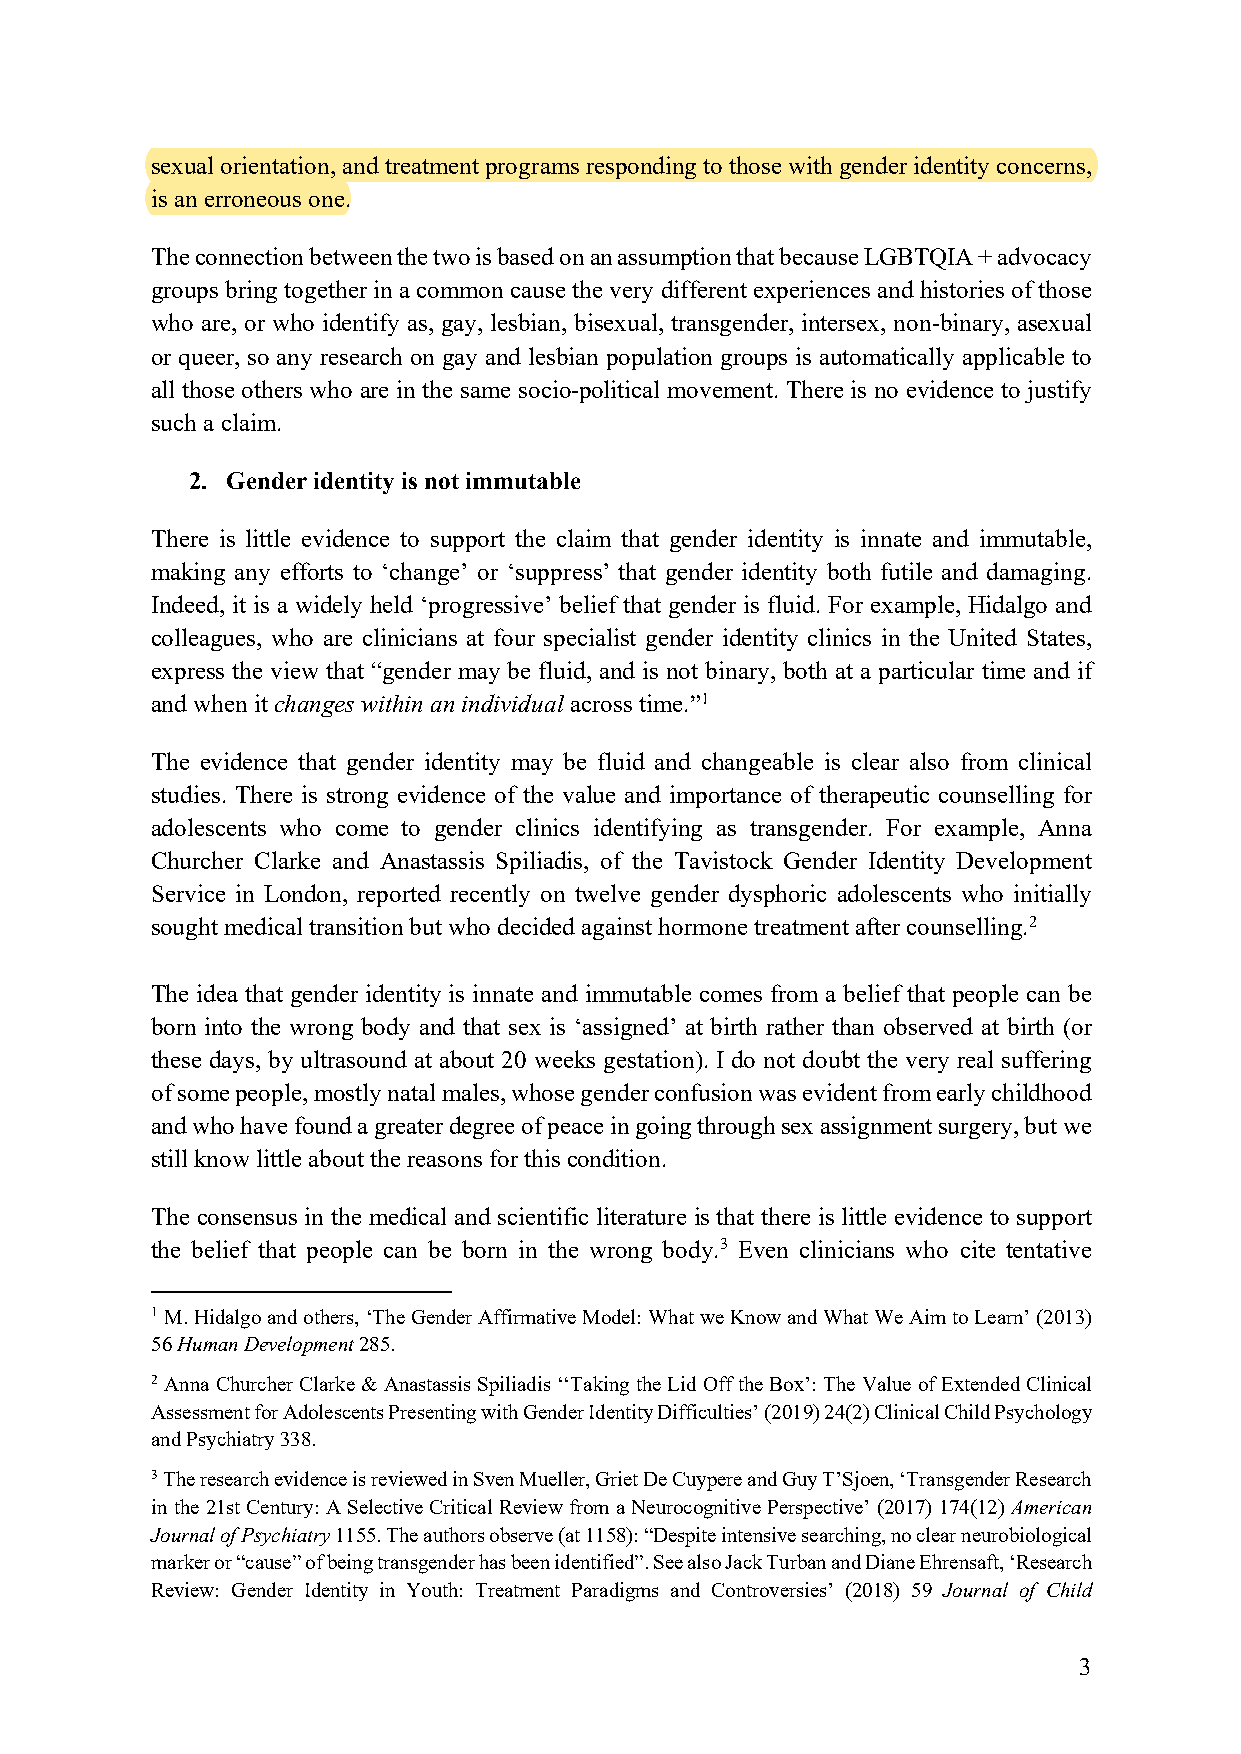
sexual orientation, and treatment programs responding to those with gender identity concerns,
 is an erroneous one.
 The connection between the two is based on an assumption that because LGBTQIA + advocacy
 groups bring together in a common cause the very different experiences and histories of those
 who are, or who identify as, gay, lesbian, bisexual, transgender, intersex, non-binary, asexual
 or queer, so any research on gay and lesbian population groups is automatically applicable to
 all those others who are in the same socio-political movement. There is no evidence to justify
 such a claim.
 2. Gender identity is not immutable
 There is little evidence to support the claim that gender identity is innate and immutable,
 making any efforts to ‘change’ or ‘suppress’ that gender identity both futile and damaging.
 Indeed, it is a widely held ‘progressive’ belief that gender is fluid. For example, Hidalgo and
 colleagues, who are clinicians at four specialist gender identity clinics in the United States,
 express the view that “gender may be fluid, and is not binary, both at a particular time and if
 and when it changes within an individual across time.”1
 The evidence that gender identity may be fluid and changeable is clear also from clinical
 studies. There is strong evidence of the value and importance of therapeutic counselling for
 adolescents who come to gender clinics identifying as transgender. For example, Anna
 Churcher Clarke and Anastassis Spiliadis, of the Tavistock Gender Identity Development
 Service in London, reported recently on twelve gender dysphoric adolescents who initially
 sought medical transition but who decided against hormone treatment after counselling.2
 The idea that gender identity is innate and immutable comes from a belief that people can be
 born into the wrong body and that sex is ‘assigned’ at birth rather than observed at birth (or
 these days, by ultrasound at about 20 weeks gestation). I do not doubt the very real suffering
 of some people, mostly natal males, whose gender confusion was evident from early childhood
 and who have found a greater degree of peace in going through sex assignment surgery, but we
 still know little about the reasons for this condition.
 The consensus in the medical and scientific literature is that there is little evidence to support
 the belief that people can be born in the wrong body.3 Even clinicians who cite tentative
 1 M. Hidalgo and others, ‘The Gender Affirmative Model: What we Know and What We Aim to Learn’ (2013)
 56 Human Development 285.
 2 Anna Churcher Clarke & Anastassis Spiliadis ‘‘Taking the Lid Off the Box’: The Value of Extended Clinical
 Assessment for Adolescents Presenting with Gender Identity Difficulties’ (2019) 24(2) Clinical Child Psychology
 and Psychiatry 338.
 3 The research evidence is reviewed in Sven Mueller, Griet De Cuypere and Guy T’Sjoen, ‘Transgender Research
 in the 21st Century: A Selective Critical Review from a Neurocognitive Perspective’ (2017) 174(12) American
 Journal of Psychiatry 1155. The authors observe (at 1158): “Despite intensive searching, no clear neurobiological
 marker or “cause” of being transgender has been identified”. See also Jack Turban and Diane Ehrensaft, ‘Research
 Review: Gender Identity in Youth: Treatment Paradigms and Controversies’ (2018) 59 Journal of Child
 3